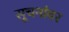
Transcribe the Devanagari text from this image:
सूचनांवर